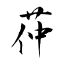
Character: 茽